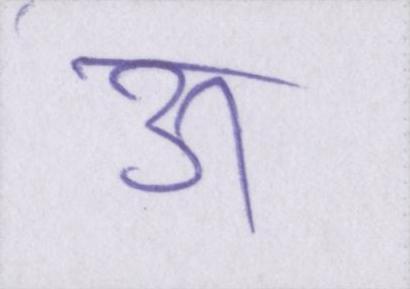
ऊ